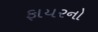
ફાયરનો